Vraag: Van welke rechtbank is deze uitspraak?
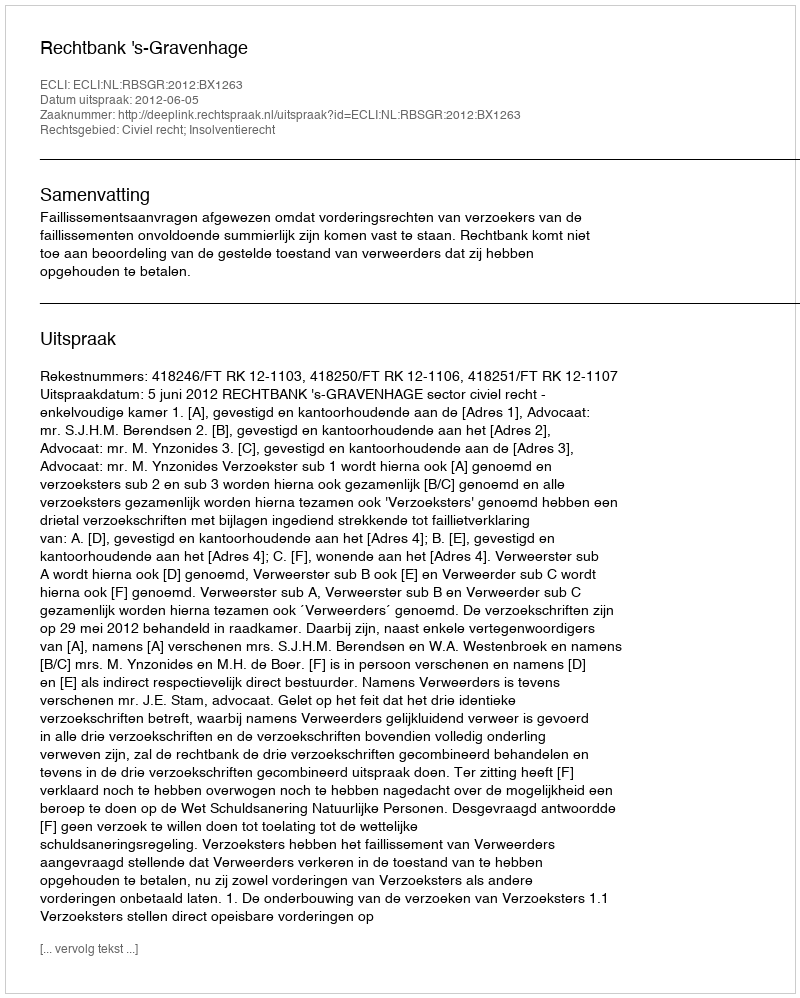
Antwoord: Rechtbank 's-Gravenhage